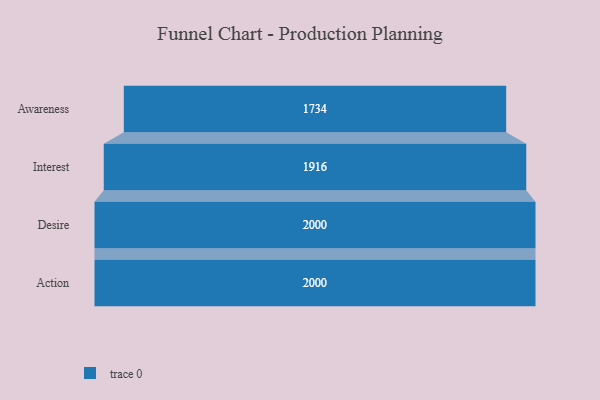
{"axis": {"x": "Stage", "y": "Value"}, "legend": [""], "data": [{"x": "Awareness", "y": 1734.0, "type": ""}, {"x": "Interest", "y": 1916.0, "type": ""}, {"x": "Desire", "y": 2000, "type": ""}, {"x": "Action", "y": 2000, "type": ""}]}